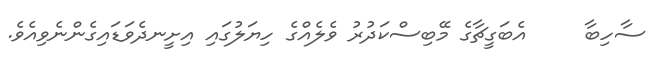
ސާހިބާ     އެބަގީޗާގެ މޭބިސްކަދުރު ވެލެއްގެ ހިޔަލުގައި އިށީނދެވަޑައިގެންނެވިއެވެ.